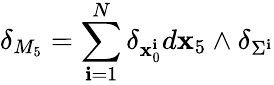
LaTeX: \delta_{M_{5}}=\sum_{\mathbf{i}=1}^{N}\delta_{\mathbf{x}_{0}^{\mathbf{i}}}d\mathbf{x}_{5}\wedge\delta_{\Sigma^{\mathbf{i}}}